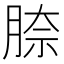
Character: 𦝀